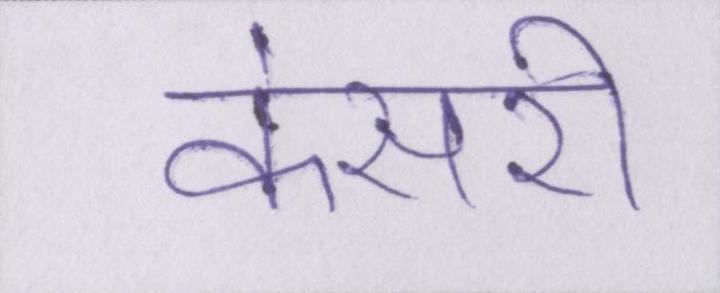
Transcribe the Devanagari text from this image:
केसरी